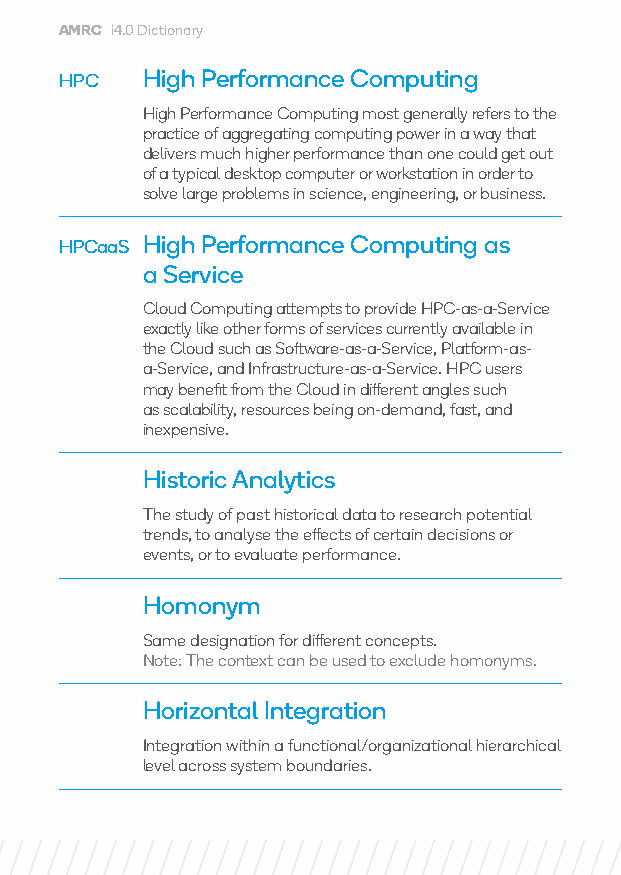
AMRC i4.0 Dictionary
 HPC  High Performance Computing
 High Performance Computing most generally refers to the
 practice of aggregating computing power in a way that
 delivers much higher performance than one could get out
 of a typical desktop computer or workstation in order to
 solve large problems in science, engineering, or business.
 HPCaaS H igh Performance Computing as
 a Service
 Cloud Computing attempts to provide HPC-as-a-Service
 exactly like other forms of services currently available in
 the Cloud such as Software-as-a-Service, Platform-as-
 a-Service, and Infrastructure-as-a-Service. HPC users
 may benefit from the Cloud in different angles such
 as scalability, resources being on-demand, fast, and
 inexpensive.
 Historic Analytics
 The study of past historical data to research potential
 trends, to analyse the effects of certain decisions or
 events, or to evaluate performance.
 Homonym
 Same designation for different concepts.
 Note: The context can be used to exclude homonyms.
 Horizontal Integration
 Integration within a functional/organizational hierarchical
 level across system boundaries.